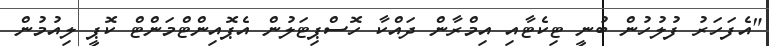
"އެފަހަރު ފުލުހުން ބުނީ ޓިކެޓާއި އިމްރާން ދައްކާ ހޮސްޕިޓަލުން އެޕޮއިންޓްމަންޓް ކޮޕީ ލިއުމުން